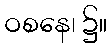
ဝစနေ၊ ၌။